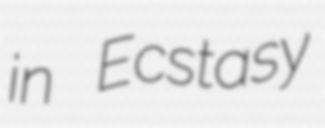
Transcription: in Ecstasy